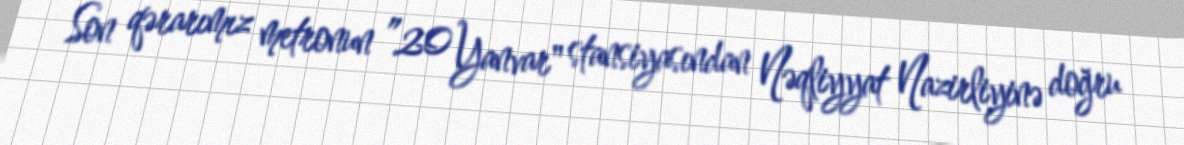
Son qərarımız metronun ”20 Yanvar" stansiyasından Nəqliyyat Nazirliyinə doğru